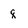
Character: q